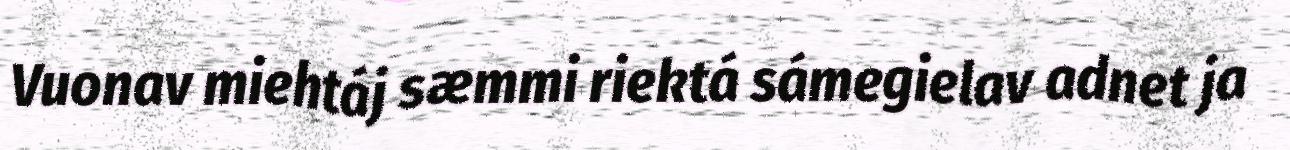
Vuonav miehtáj sæmmi riektá sámegielav adnet ja